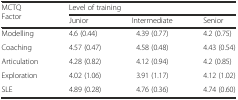
<table><thead><tr><td rowspan="2"><b>MCTQ Factor</b></td><td colspan="3"><b>Level of training</b></td></tr><tr><td><b>Junior</b></td><td><b>Intermediate</b></td><td><b>Senior</b></td></tr></thead><tbody><tr><td>Modelling</td><td>4.6 (0.44)</td><td>4.39 (0.77)</td><td>4.2 (0.75)</td></tr><tr><td>Coaching</td><td>4.57 (0.47)</td><td>4.58 (0.48)</td><td>4.43 (0.54)</td></tr><tr><td>Articulation</td><td>4.28 (0.82)</td><td>4.12 (0.94)</td><td>4.2 (0.85)</td></tr><tr><td>Exploration</td><td>4.02 (1.06)</td><td>3.91 (1.17)</td><td>4.12 (1.02)</td></tr><tr><td>SLE</td><td>4.89 (0.28)</td><td>4.76 (0.36)</td><td>4.74 (0.60)</td></tr></tbody></table>